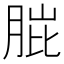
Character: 𮌗